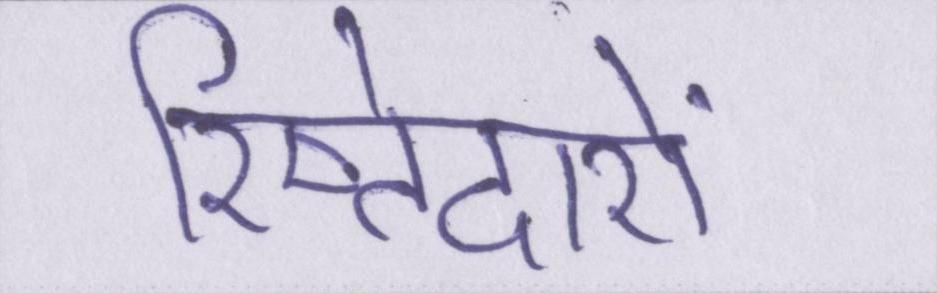
रिष्तेदारों